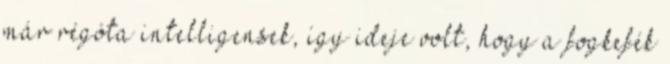
már régóta intelligensek, így ideje volt, hogy a fogkefék